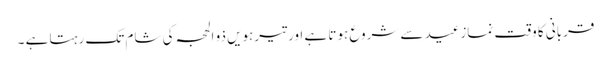
قربانی کا وقت نمازعید سے شروع ہوتا ہے اور تیرہویں ذو الحجہ کی شام تک رہتا ہے ۔